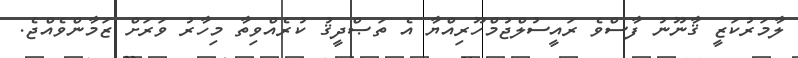
ލާމަރުކަޒީ ޤާނޫނު ފާސްވެ ރައީސުލްޖުމްހޫރިއްޔާ އެ ތަޞްދީޤު ކުރެއްވިތާ މިހާރު ވަރަށް ޒަމާންވެއްޖެ.